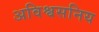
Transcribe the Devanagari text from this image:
अविश्वसनिय